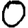
Digit: 0